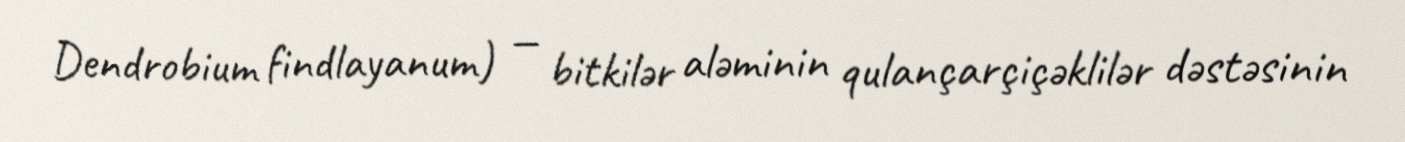
Dendrobium findlayanum) — bitkilər aləminin qulançarçiçəklilər dəstəsinin